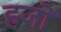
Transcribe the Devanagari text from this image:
हजों